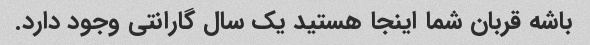
باشه قربان شما اینجا هستید یک سال گارانتی وجود دارد.